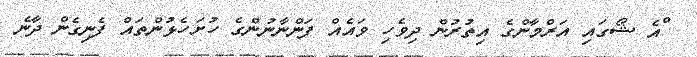
ްއެ ޝޯގައި އަރްމާންގެ އިތުރުން ދިވެހި ވައެއް ފަންނާނުންގެ ހުށަހެޅުންތައް ފެނިގެން ދާނެ